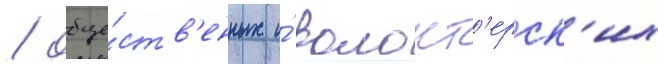
/ обще́ств'енных и́ волонт'ерск'их